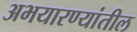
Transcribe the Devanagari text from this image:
अभयारण्यांतील